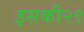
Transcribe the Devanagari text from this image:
इसकी२९